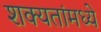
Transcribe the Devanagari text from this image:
शक्यतांमध्ये